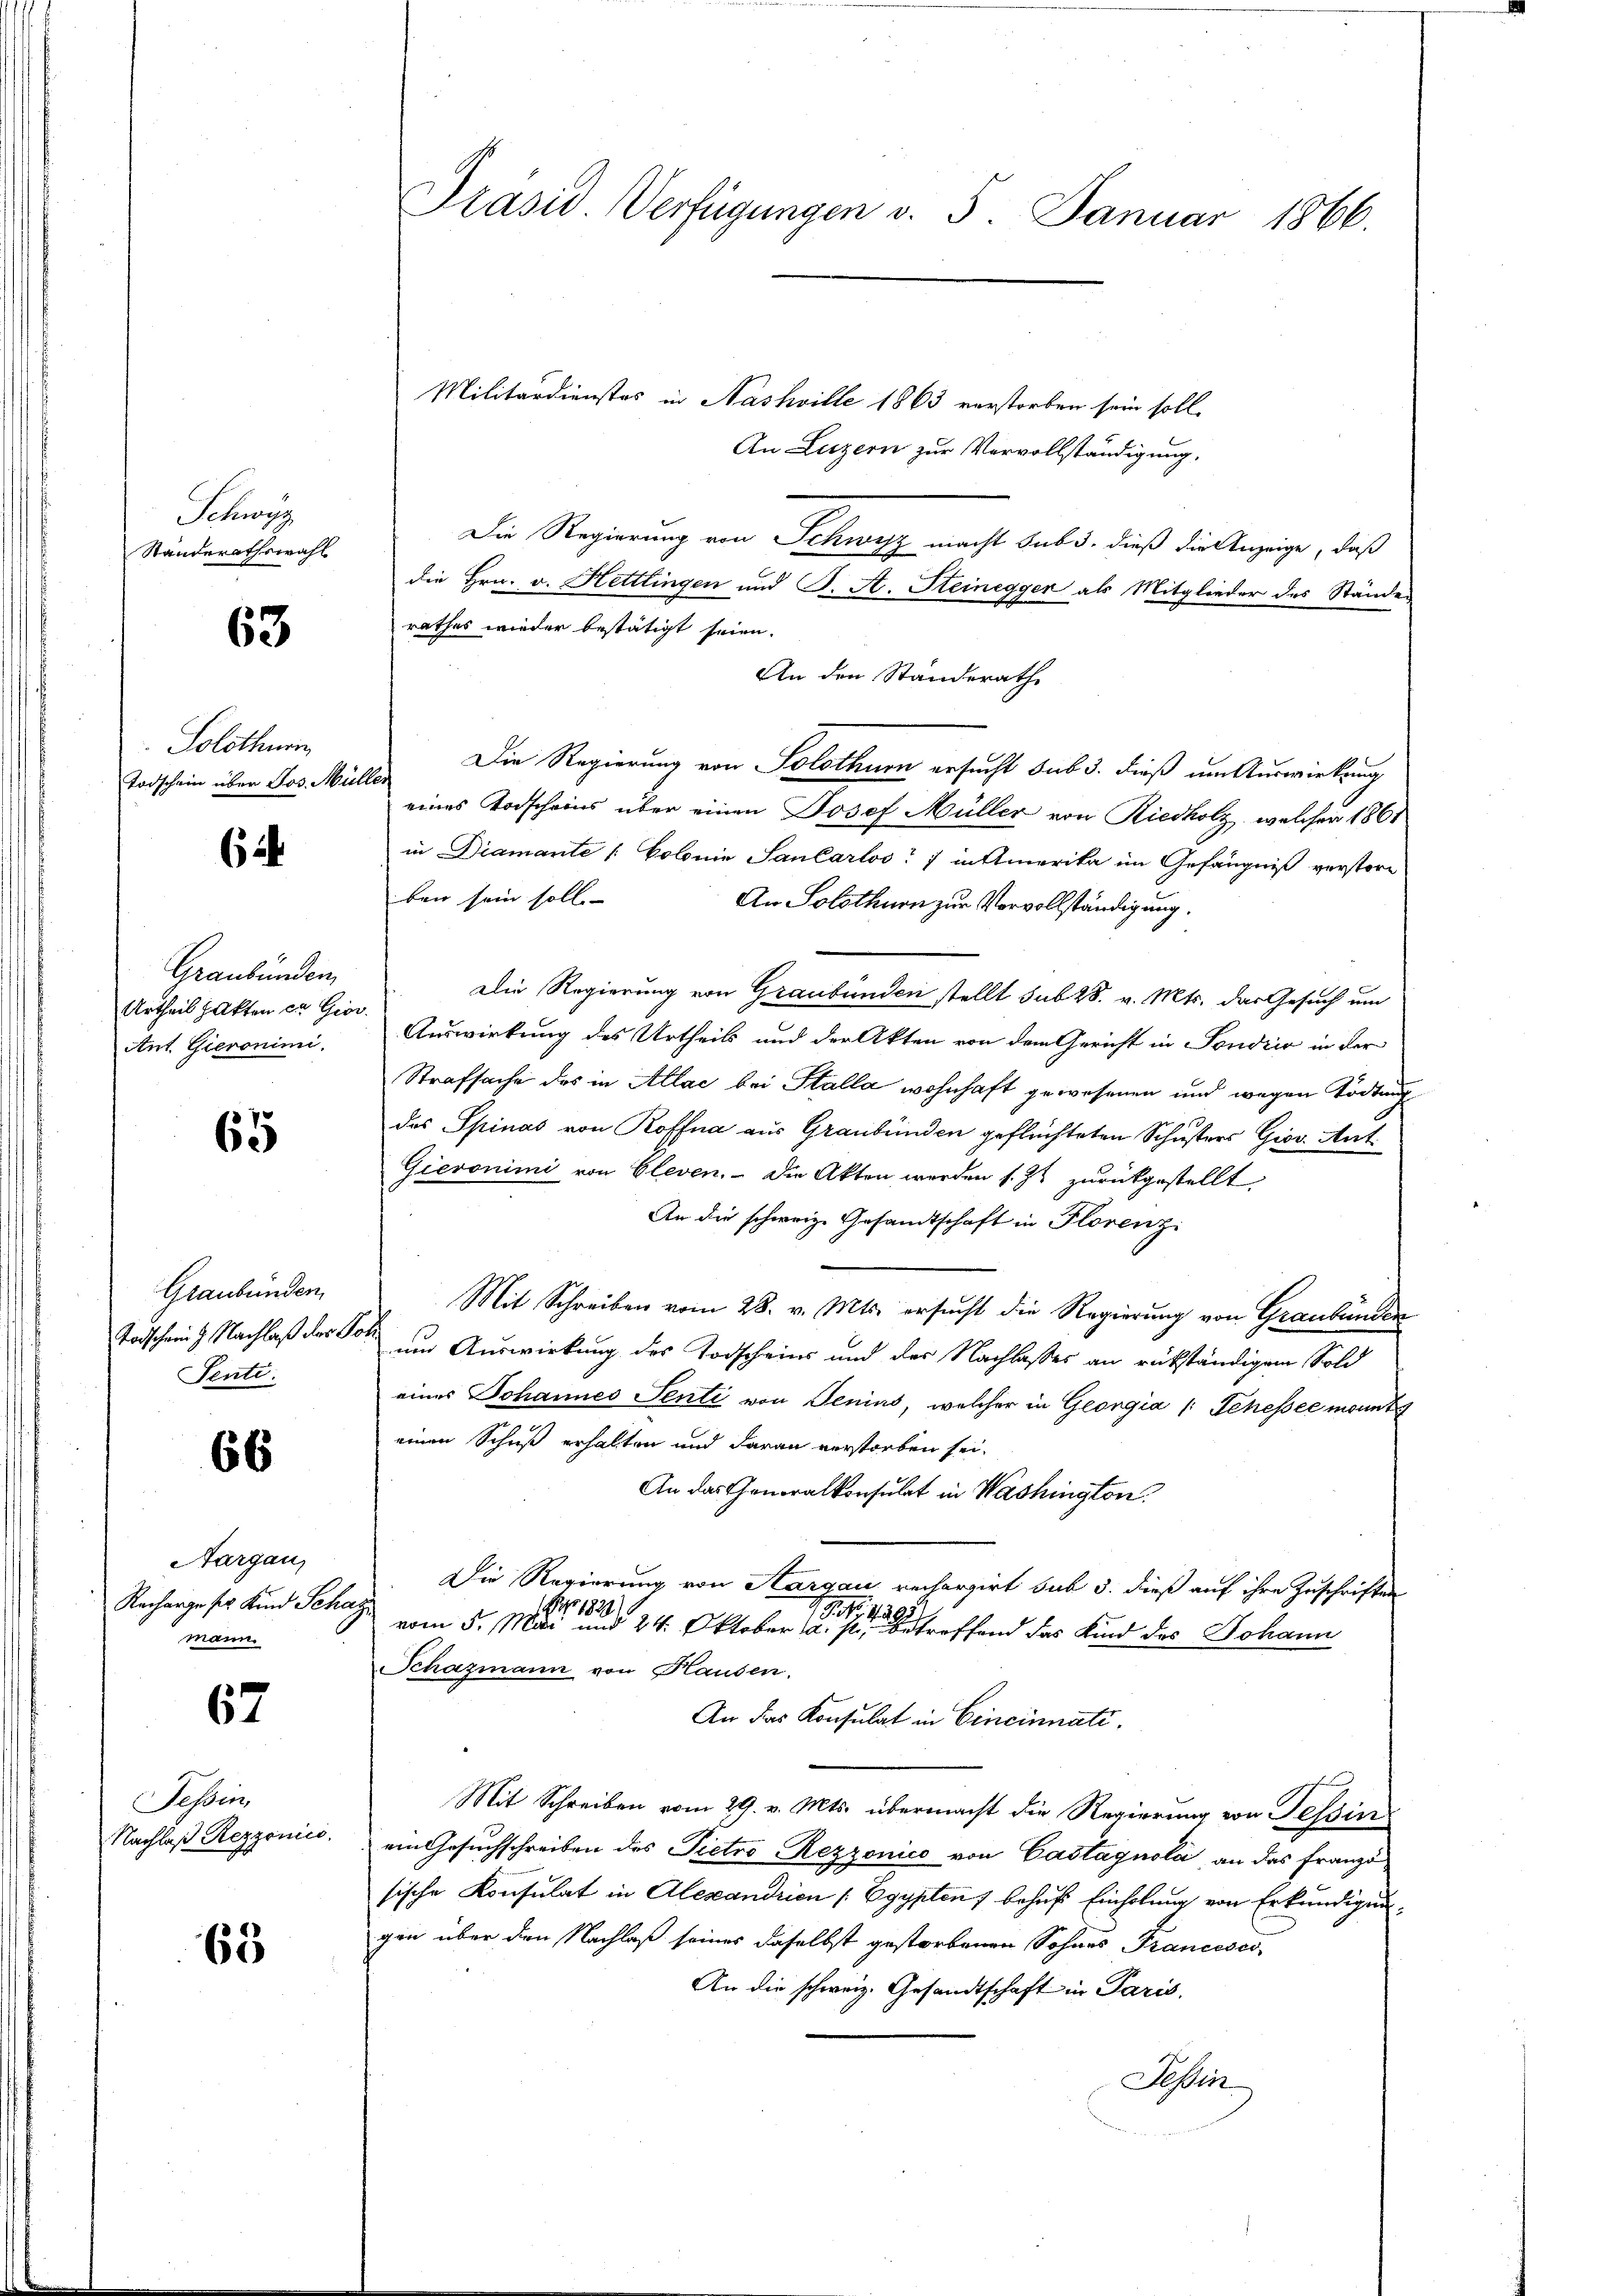
Schwe
Ständerathswahl

63

Solothurn
Todschein über Jos. Müller

62

Graubünden,
Urtheil hatten in Giov
Ant. Gieronimi.

65

Graubünden,
Sente.

66

Aargau,
Recharge ser Kind Schaz
mann.

67

Tessin,
Nachlaß Rezzonici

63

Militärdienstes in Nashville 1863 verstorben sein soll.
An Luzern zur Vervollständigung.
Die Regierung von Schwarz macht sub 3. dieß die Anzeige, daß
die Hrn. v. Hettlingen und J. A. Gleinegger als Mitglieder des Ständen
rathes wieder bestätigt seien.
An den Standerath
Die Regierung von Solothurn ersucht sub 3. dieß um Auswirkung
eines Todscheins über einen Josef Müller von Riedholz, welcher 1861
in Diamante |: Colonie Santarloo 1 in Amerika im Gefängniß verstore
ben sein soll
An Solothurn zur Vorvollständigung.
Die Regierung von Graubünden stellt sub 28. v. Mts. das Gesuch um
Auswirkung des Urtheils und der Akten von dem Gericht in Sondrio in der
Strafsache des in Allae bei Stalla wohnhaft gewesenen und wegen Tödtung
das Spinas von Roffna aus Graubünden geflüchteten Schusters Giov. Auf¬
Gieronimi von Cleven. - Die Akten werden s. Z. zurückgestellt.
An die schweiz. Gesandtschaft in Florenz
Mit Schreiben vom 28. v. Mts. ersucht die Regierung von Graubünden
Todscheint. Nachlaß der Vor um Auswirkung des Todscheins und der Nachlasses an rükständigem Sold
eines Johannes Senti von Jenius, welcher in Georgia /: Schessee mann t
einen Schuß erhalten und daran verstorben sei.
An das Generalkonsulat in Washington
Die Regierung von Aargau rechargirt sub 3. dieß auf ihre Zuschriften
1 Par 182110
1 Petitu
vom 5. Mai und 24. Oktober a. s. betreffend das Kind des Johann
Schazmann von Hausen.
An das Konsulat in Cincinnati
Mit Schreiben vom 29. v. Mts. übermacht die Regierung von Tessin
ein Gesuchschreiben des Pietro Rezzonico von Castagnola an das Franzo
sische Konsulat in Alexandrien [Egypten behufs Einholung von Erkundigungen über den Nachlaß seines daselbst gestorbenen Sohnes Francesco
An die schweiz. Gesandtschaft in Paris,
Tessin

Präsid. Verfügungen d. 5. Januar 1866.